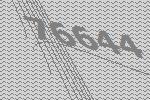
76644